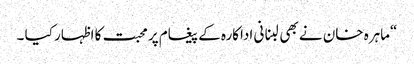
“ماہرہ خان نے بھی لبنانی اداکارہ کے پیغام پر محبت کا اظہار کیا ۔